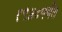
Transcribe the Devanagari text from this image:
१९४८पर्यंत